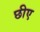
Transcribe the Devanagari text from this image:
छीए